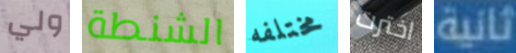
ولي الشنطة مختلفه اخترت ثانية